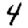
Digit: 4